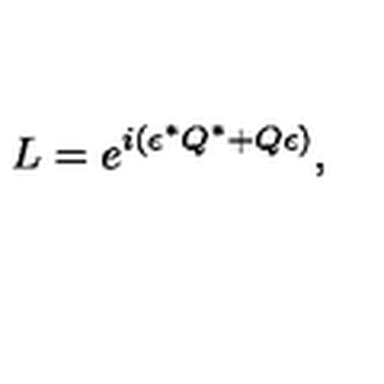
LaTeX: L = e ^ { i ( \epsilon ^ { \ast } Q ^ { \ast } + Q \epsilon ) } ,